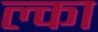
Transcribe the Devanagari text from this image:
ल्का